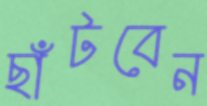
ছাঁটবেন